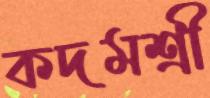
কদমশ্রী